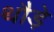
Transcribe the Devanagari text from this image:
थौड़े